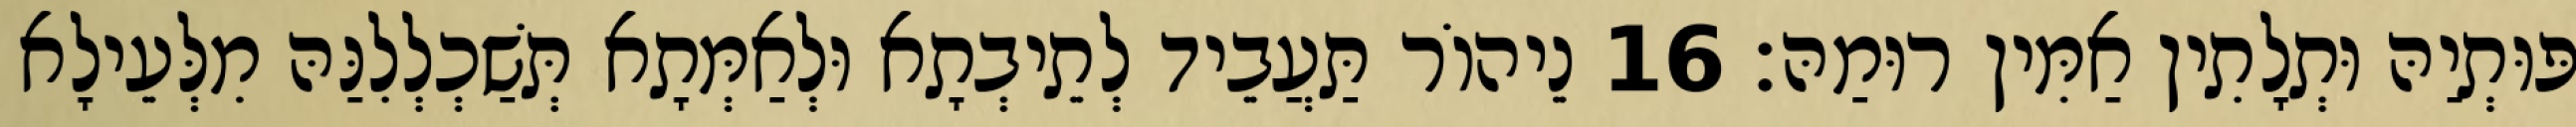
פּוּתְיַהּ וּתְלָתִין אַמִּין רוּמַהּ׃ 16 נֵיהוֹר תַּעֲבֵיד לְתֵיבְתָא וּלְאַמְּתָא תְּשַׁכְלְלִנַּהּ מִלְּעֵילָא